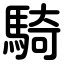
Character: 騎